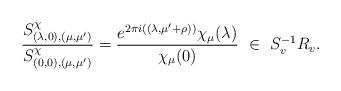
LaTeX: \begin{align*}\frac{S^\chi_{(\lambda, 0),(\mu, \mu')}}{S^\chi_{(0, 0),(\mu, \mu')}} &= \frac{e^{2\pi i \left((\lambda, \mu'+\rho)\right)} \chi_\mu(\lambda)}{\chi_\mu(0)} \ \in \ S_v^{-1}R_v.\end{align*}